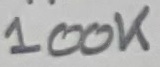
Text: 100K